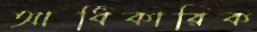
আধিকারিক